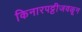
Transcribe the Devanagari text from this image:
किनारपट्टीजवळून